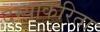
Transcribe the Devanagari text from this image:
दम्याकरिता